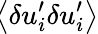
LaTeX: \! \left\langle{\delta u_{i}^{\prime}\delta u_{i}^{\prime}}\right\rangle